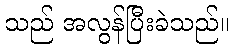
သည် အလွန်ပြီးခဲသည်။